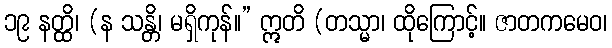
၁၉ နတ္ထိ၊ (န သန္တိ၊ မရှိကုန်။” ဣတိ (တသ္မာ၊ ထိုကြောင့်။ ဇာတကမေဝ၊